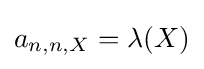
a_{n,n,X}=\lambda (X)